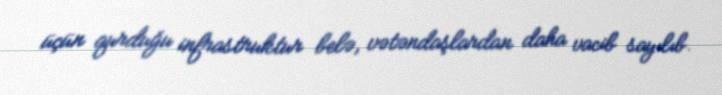
üçün qurduğu infrastruktur belə, vətəndaşlardan daha vacib sayılıb.